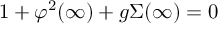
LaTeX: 1 + \varphi ^ { 2 } ( \infty ) + g \Sigma ( \infty ) = 0